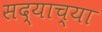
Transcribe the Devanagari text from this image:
सद्याच्या